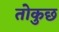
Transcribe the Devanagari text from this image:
तोकुछ